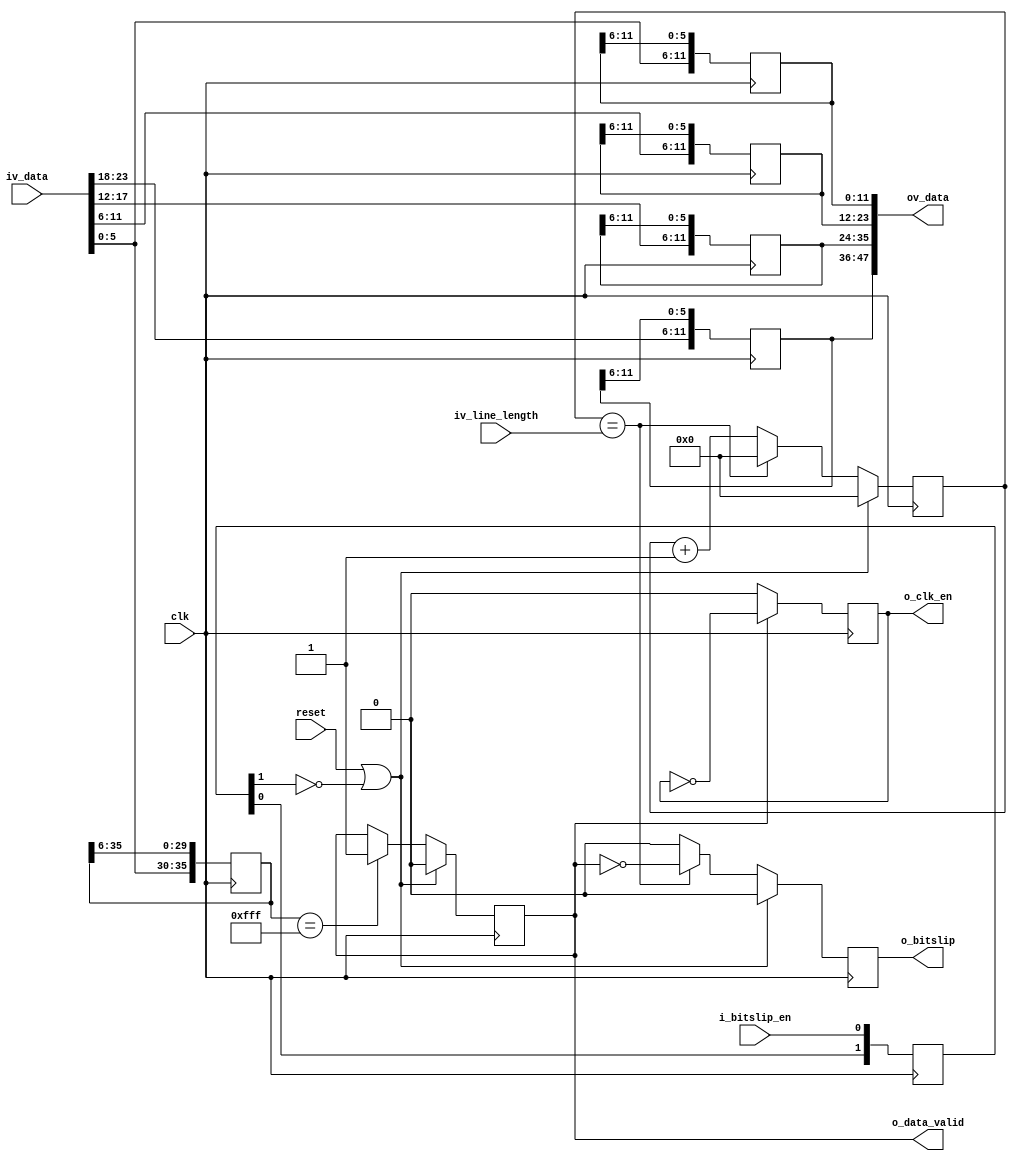
//-------------------------------------------------------------------------------------------------
//  --    : , 2010 -2015.
//  --      .
//  --          : FPGA
//  --        : bitslip
//  --        : 
//-------------------------------------------------------------------------------------------------
//
//  --  :
//
//  --          :| 				:|  
//-------------------------------------------------------------------------------------------------
//  --        :| 2015/08/11 13:46:45	:|  
//-------------------------------------------------------------------------------------------------
//
//  --      : HiSPiword
//					 lane1lane1lane
//					 lanelane
//             		 1
//
//-------------------------------------------------------------------------------------------------
///
`timescale 1ns/1ns
//-------------------------------------------------------------------------------------------------
module bitslip # (
	parameter		SER_FIRST_BIT			= "LSB"				,	//"LSB" or "MSB" , first bit to the receiver
	parameter		END_STYLE				= "LITTLE"			,	//"LITTLE" or "BIG" , "LITTLE" - {CHANNEL3 CHANNE2 CHANNEL1 CHANNEL0}. "BIG" - {CHANNEL0 CHANNEL1 CHANNEL2 CHANNEL3}.
	parameter		SENSOR_DAT_WIDTH		= 12				,	//sensor
	parameter		RATIO					= 6					,	//
	parameter		CHANNEL_NUM				= 4						//
	)
	(
	input												clk						,	//
	input												reset					,	//
	input	[RATIO*CHANNEL_NUM-1:0]						iv_data					,	//
	input	[15:0]										iv_line_length			,	//
	input												i_bitslip_en			,	//bitslip
	output												o_bitslip				,	//bitslipselectIO
	output												o_data_valid			,	//
	output												o_clk_en				,	//
	output	[SENSOR_DAT_WIDTH*CHANNEL_NUM-1:0]			ov_data						//
	);

	//ref signals

	//	-------------------------------------------------------------------------------------
	//	hispi 
	//	--LSBword36'h000_000_fff
	//	--MSBword36'hfff_000_000
	//	-------------------------------------------------------------------------------------
	localparam	SYNC_WORD	= (END_STYLE=="LITTLE") ? {{4*RATIO{1'b0}},{2*RATIO{1'b1}}} : {{2*RATIO{1'b1}},{4*RATIO{1'b0}}};

	reg		[1:0]									bitslip_en_shift		;	//
	wire	[RATIO-1:0]								wv_data_lane[CHANNEL_NUM-1:0]	;	//1
	reg		[2*RATIO-1:0]							data_lane_align[CHANNEL_NUM-1:0]	;	//1
	reg												div_cnt					= 1'b0	;	//
	reg		[RATIO*6-1:0]							data_lane0_shift		= 'b0	;	//lan0

	reg												data_lock				= 'b0	;	//1
	reg		[15:0]									bitslip_cnt				= 'b0	;	//
	reg												bitslip_reg				= 1'b0	;	//iserdes

	//ref ARCHITECTURE
	//	===============================================================================================
	//	ref ******
	//	===============================================================================================
	//	-------------------------------------------------------------------------------------
	//	i_bitslip_enclk_pixi_clk_parallel
	//	-------------------------------------------------------------------------------------
	always @ (posedge clk)begin
		bitslip_en_shift	<=	{bitslip_en_shift[0],i_bitslip_en};
	end

	//	===============================================================================================
	//	ref ******
	//	===============================================================================================
	//	-------------------------------------------------------------------------------------
	//	
	//	-- RATIO bit
	//	--bytebyte
	//	-------------------------------------------------------------------------------------
	genvar	i;
	generate
		for(i=0;i<CHANNEL_NUM;i=i+1) begin
			if(END_STYLE=="LITTLE") begin
				assign	wv_data_lane[i]	= iv_data[RATIO*(i+1)-1:RATIO*i];
			end
			else if(END_STYLE=="BIG") begin
				assign	wv_data_lane[i]	= iv_data[RATIO*(CHANNEL_NUM-i)-1:RATIO*(CHANNEL_NUM-i-1)];
			end
		end
	endgenerate

	//	-------------------------------------------------------------------------------------
	//	lan0 RATIO bit
	//	--lane0
	//	--lan0 RATIO bitLSB MSB 
	//	-------------------------------------------------------------------------------------
	always @ (posedge clk) begin
		if(SER_FIRST_BIT=="LSB") begin
			data_lane0_shift	<= {wv_data_lane[0],data_lane0_shift[RATIO*6-1:RATIO]};
		end
		else if(SER_FIRST_BIT=="MSB") begin
			data_lane0_shift	<= {data_lane0_shift[RATIO*5-1:0],wv_data_lane[0]};
		end
	end

	//	-------------------------------------------------------------------------------------
	//	
	//	--{{L{1'b1}},{L{1'b0}},{L{1'b0}}}
	//	-------------------------------------------------------------------------------------
	always @ (posedge clk)begin
		if(reset==1'b1 || bitslip_en_shift[1]==1'b0)begin
			data_lock	<=	0;
		end
		else begin
			if(data_lane0_shift[RATIO*6-1:0]==SYNC_WORD)begin
				data_lock	<=	1;
			end
		end
	end

	//	-------------------------------------------------------------------------------------
	//	LSBdata lock
	//	-------------------------------------------------------------------------------------
	//	-------------------------------------------------------------------------------------
	//			  	  ____   ____   ____   ____   ____   ____   ____   ____   ____   ____   ____   ____   ____   ____
	//	clk_2x		__|  |___|  |___|  |___|  |___|  |___|  |___|  |___|  |___|  |___|  |___|  |___|  |___|  |___|  |___
	//
	//	byte in		--<L0    ><H0   ><L1   ><H1   ><L2   ><H2   ><L3   ><H3   ><L4   ><H4   ><L5   ><H5   ><L6   ><H6   >
	//
	//									                 ______________________________________________________________________
	//	data lock	_____________________________________|
	//
	//	byte shift	------------------------------<L0H0L1H1>
	//
	//	data align	-------------------------------------<L2H1  ><H2L2 ><L3H2 ><H3L3 ><L4H3 ><H4L4 ><L5H4 ><H5L5 ><L6H5 >
	//						    								________      ________      ________      ________
	//	clk en		____________________________________________|      |______|      |______|      |______|      |______
	//
	//
	//	-------------------------------------------------------------------------------------

	//	===============================================================================================
	//	ref ******
	//	===============================================================================================
	//	-------------------------------------------------------------------------------------
	//	1
	//	--2 RATIO bitword
	//	--LSB RATIO bitMSB RATIO bit
	//	-------------------------------------------------------------------------------------
	genvar	j;
	generate
		for(j=0;j<CHANNEL_NUM;j=j+1) begin
			if(SER_FIRST_BIT=="LSB") begin
				always @ (posedge clk) begin
					data_lane_align[j]	= {wv_data_lane[j],data_lane_align[j][2*RATIO-1:RATIO]};
				end
			end
			else if(SER_FIRST_BIT=="MSB") begin
				always @ (posedge clk) begin
					data_lane_align[j]	= {data_lane_align[j][RATIO-1:0],wv_data_lane[j]};
				end
			end
		end
	endgenerate

	//	-------------------------------------------------------------------------------------
	//	div_cnt 
	//	-- data_lock == 1
	//	-------------------------------------------------------------------------------------
	always @ (posedge clk) begin
		if(!data_lock) begin
			div_cnt	<= 'b0;
		end
		else begin
			div_cnt	<= !div_cnt;
		end
	end
	assign	o_clk_en	= div_cnt;

	//	===============================================================================================
	//	ref ***bitslip ***
	//	===============================================================================================
	//	-------------------------------------------------------------------------------------
	//	
	//	-------------------------------------------------------------------------------------
	always @ (posedge clk)begin
		if(reset==1'b1 || bitslip_en_shift[1]==1'b0)begin
			bitslip_cnt	<=	'd0;
		end
		else begin
			if(bitslip_cnt==iv_line_length) begin
				bitslip_cnt	<= 'b0;
			end
			else begin
				bitslip_cnt	<= bitslip_cnt + 1'b1;
			end
		end
	end

	//	-------------------------------------------------------------------------------------
	//	
	//	-------------------------------------------------------------------------------------
	always @ (posedge clk) begin
		if(reset==1'b1 || bitslip_en_shift[1]==1'b0)begin
			bitslip_reg	<= 1'b0;
		end
		else begin
			if(bitslip_cnt==iv_line_length) begin	//
				bitslip_reg	<= !data_lock;
			end
			else begin
				bitslip_reg	<= 1'b0;
			end
		end
	end
	assign	o_bitslip	= bitslip_reg	;

	//	===============================================================================================
	//	ref ******
	//	===============================================================================================
	//	-------------------------------------------------------------------------------------
	//	
	//	-------------------------------------------------------------------------------------
	assign	o_data_valid	= data_lock;

	//	-------------------------------------------------------------------------------------
	//	
	//	-------------------------------------------------------------------------------------
	genvar	l;
	generate
		for(l=0;l<CHANNEL_NUM;l=l+1) begin
			if(END_STYLE=="LITTLE") begin
				assign	ov_data[(l+1)*SENSOR_DAT_WIDTH-1:l*SENSOR_DAT_WIDTH]	= data_lane_align[l];
			end
			else if(END_STYLE=="BIG") begin
				assign	ov_data[(l+1)*SENSOR_DAT_WIDTH-1:l*SENSOR_DAT_WIDTH]	= data_lane_align[CHANNEL_NUM-l-1];
			end
		end
	endgenerate




endmodule